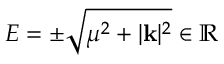
E = \pm \sqrt { \mu ^ { 2 } + | \mathbf { k } | ^ { 2 } } \in \mathbb { R }